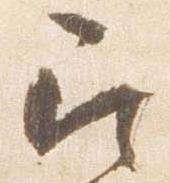
召